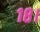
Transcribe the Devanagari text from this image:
१८।